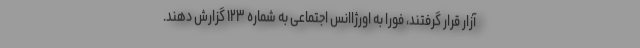
آزار قرار گرفتند، فوراً به اورژاانس اجتماعی به شماره ۱۲۳ گزارش دهند.